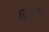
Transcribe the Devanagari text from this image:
घटाएं।